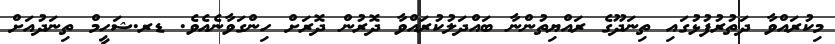
މިކުރައްވާ ދަތުރުފުޅުގައި ތިނަދޫގެ ރައްޔިތުންނާ ބައްދަލުކުރައްވާ ދޮރުން ދޮރަށް ހިންގަވާނެއެވެ. ޑރ.ޝަހީމް ތިނަދުއަށް